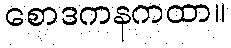
စောဒကနကထာ။